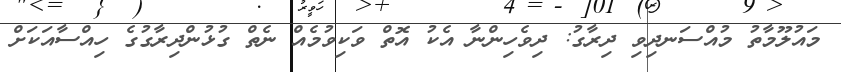
މައުލޫމާތު މުއްސަނދިވި ދިރާގު: ދިވެހިންނާ އެކު އޮތް ވަކިވުމެއް ނެތް ގުޅުންދިރާގުގެ ހިއްސާއަކަށް